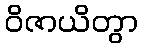
ဝိဇာယိတွာ